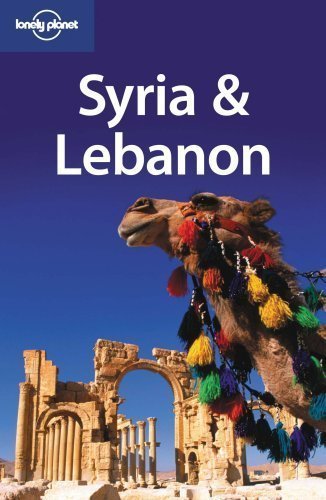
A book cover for Lonely Planet Syria & Lebanon (Lonely Planet Syria and Lebanon) (Multi Country Travel Guide) 3rd (third) Edition by Terry Carter, Lara Dunston, Amelia Thomas (2008); Travel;